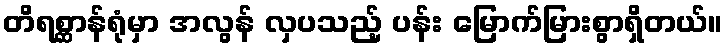
တိရစ္ဆာန်ရုံမှာ အလွန် လှပသည့် ပန်း မြောက်မြားစွာရှိတယ်။